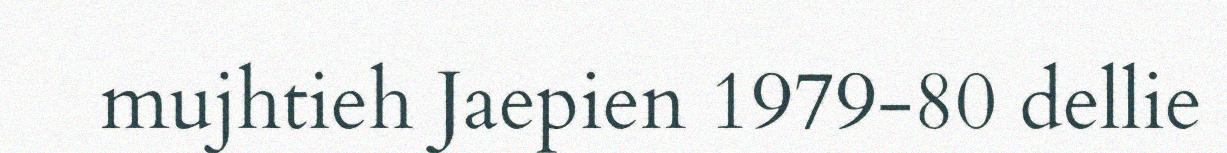
mujhtieh Jaepien 1979-80 dellie